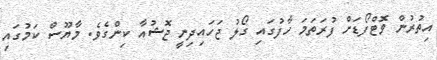
އިތުރުން ވޮޓްފޯޑަށް ފުރަތަމަ ހާފުގައި ގޯލު ޖަހައިދިނީ ޖޮޝުއާ ކިންގެވެ. މާޔޫސް ކަމުގައި